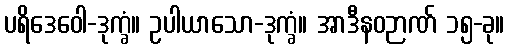
ပရိဒေဝေါ-ဒုက္ခံ။ ဥပါယာသော-ဒုက္ခံ။ အာဒီနဝဉာဏ် ၁၅-ခု။